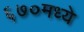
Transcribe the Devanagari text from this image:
६७०मध्ये